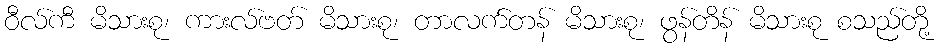
ဝီလ်ကီ မိသားစု၊ ကားလ်ဗတ် မိသားစု၊ တာလက်တန် မိသားစု၊ ဖွန်တိန် မိသားစု စသည်တို့